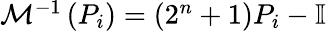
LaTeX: \begin{array}{r}{\mathcal{M}^{-1}\left(P_{i}\right)=\left(2^{n}+1\right)P_{i}-\mathbb{I}}\end{array}